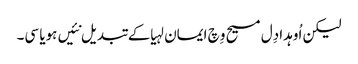
لیکن اُوہدا دِل مسیح وِچ ایمان لہیا کے تبدیل نئیں ہویا سی۔